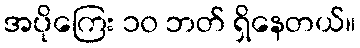
အပိုကြေး ၁၀ ဘတ် ရှိနေတယ်။